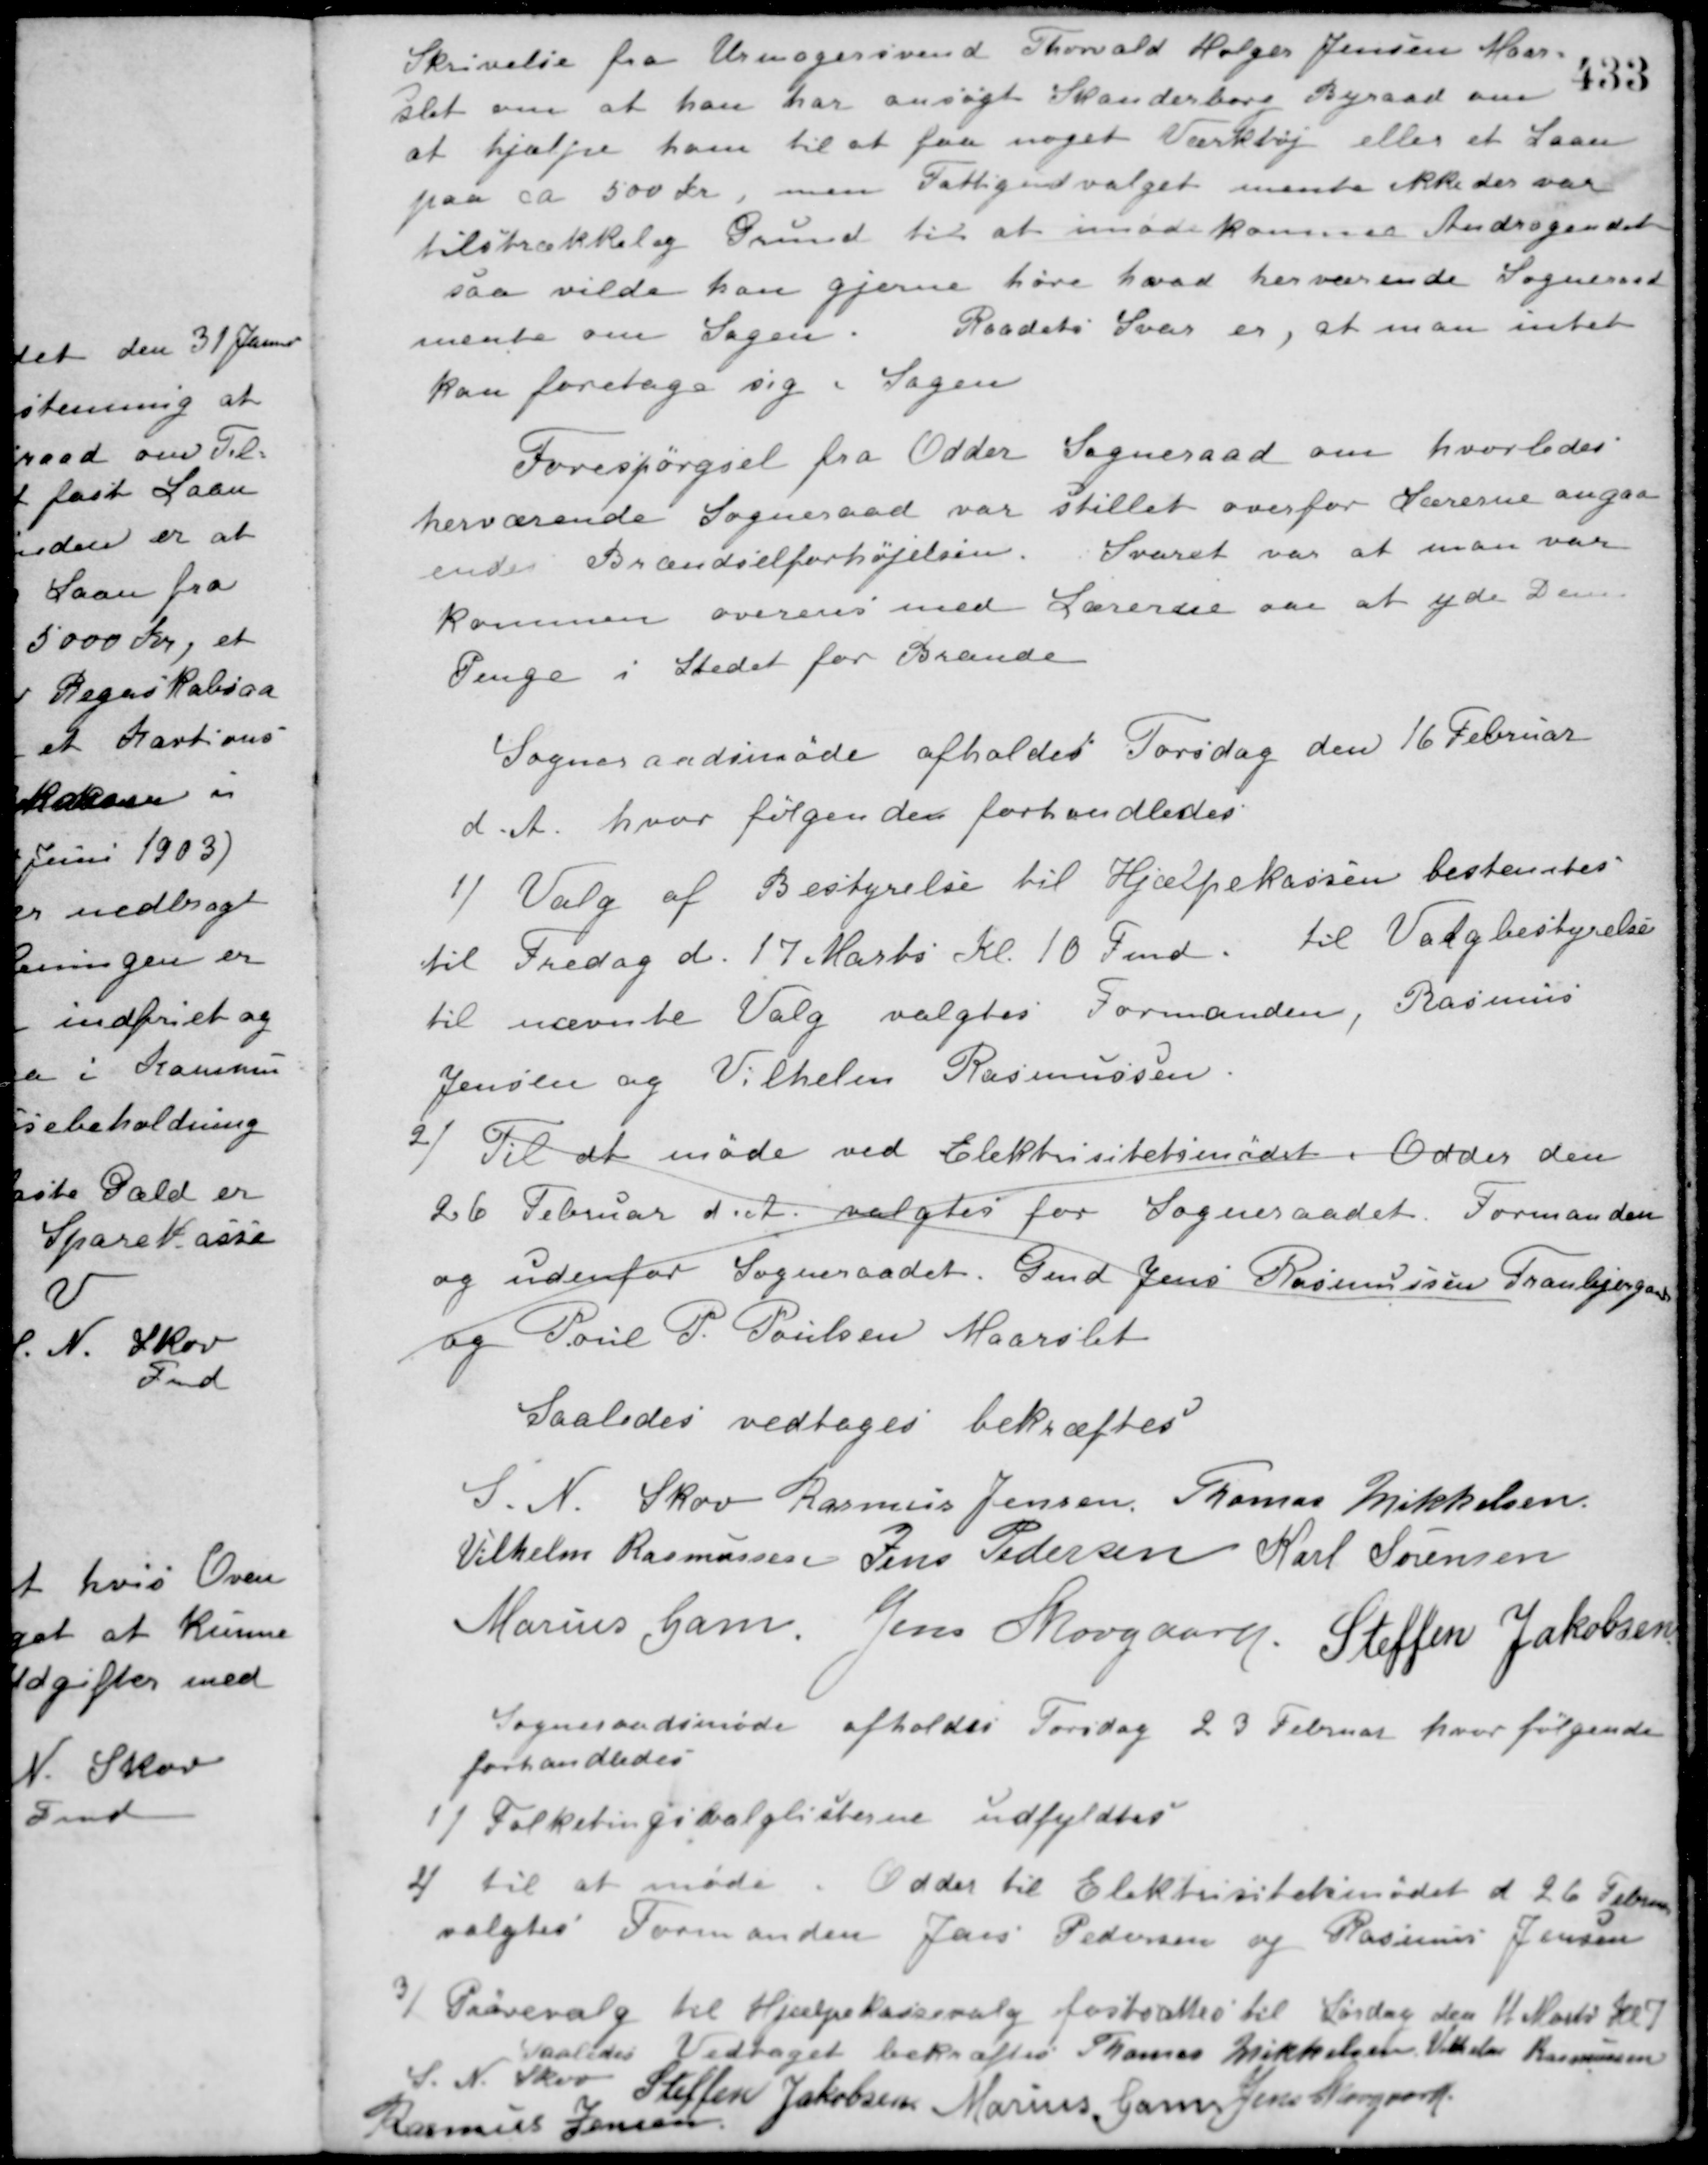
Transskription:
Skrivelse fra Urmagersvend Thorvald Holger Jensen Maar-
slet om at han har ansøgt Skanderborg Byraad om
at hjælpe ham til at faa noget Værktøj eller et Laan
paa ca. 500 Kr., men Fattigudvalget mente ikke der var
tilstrækkelig Grund til at imødekomme Andragendet
saa vilde han gjerne høre hvad herværende Sogneraad
mente om Sagen. Raadets Svar er, at man intet
kan foretage sig i Sagen.
Forespørgsel fra Odder Sogneraad om hvorledes
herværende Sogneraad var stillet overfor Lærerne angaa-
endes Brændselforhøjelsen. Svaret var at man var
Kommen overens med Lærerne ved at yde Dem
Penge i Stedet for Brænde.
Sogneraadsmøde afholdes Torsdag den 16 Februar
d. A. hvor følgendes forhandledes
1/ Valg af Bestyrelse til Hjælpekassen bestemtes
til Fredag d. 17 Marts Kl. 10 Fmd. til Valgbestyrelse
til nævnte Valg valgtes Formanden, Rasmus
Jensen og Vilhelm Rasmussen.
2/
Til at møde ved Elektricitetsmødet i Odder den
26 Februar d. A. valgtes for Sogneraadet. Formanden
og udenfor Sogneraadet. Gmd. Jens Rasmussen Tranbjerggaard
og Poul P. Poulsen Maarslet.
Saaledes vedtaget bekræftes
S. N. Skov Rasmus Jensen Thomas Mikkelsen
Vilhelm Rasmussen Jens Pedersen Karl Sørensen
Marius Gam Jens Skovgaard Steffen Jakobsen
Sogneraadsmøde afholdes Torsdag 23 Februar hvor følgende
forhandledes
1/ Folketingsvalglisterne udfyldtes.
2/ til at møde i Odder til Elektricitetsmødet d 26 Februar
valgtes Formanden Jens Pedersen og Rasmus Jensen.
3/ Prøvevalg til Hjælpekassevalg fastsættes til Lørdag den 11 Marts Kl. 7.
Saaledes Vedtaget bekræftes Thomas Mikkelsen Vilhelm Rasmussen
S. N. Skov Steffen Jakobsen Marius Gam Jens Skovgaard
Rasmus Jensen